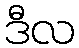
ဒီလ